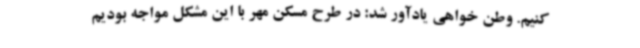
کنیم. وطن خواهی یادآور شد: در طرح مسکن مهر با این مشکل مواجه بودیم